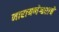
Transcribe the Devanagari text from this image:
नारायणेश्वराचे